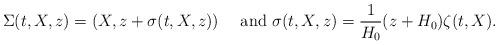
LaTeX: \begin{align*}\Sigma(t,X,z)=(X,z+\sigma(t,X,z))\quad\mbox{ and }\sigma(t,X,z)=\frac{1}{H_0}(z+H_0)\zeta(t,X).\end{align*}